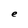
Character: e